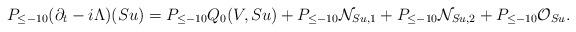
LaTeX: \begin{align*} P_{\leq -10}(\partial_t - i\Lambda) (S u) = P_{\leq -10} Q_0(V, Su) + P_{\leq -10} \mathcal{N}_{Su,1} + P_{\leq -10} \mathcal{N}_{Su,2} + P_{\leq -10}\mathcal{O}_{Su} .\end{align*}